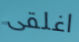
اغلقى